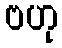
ဗဟု